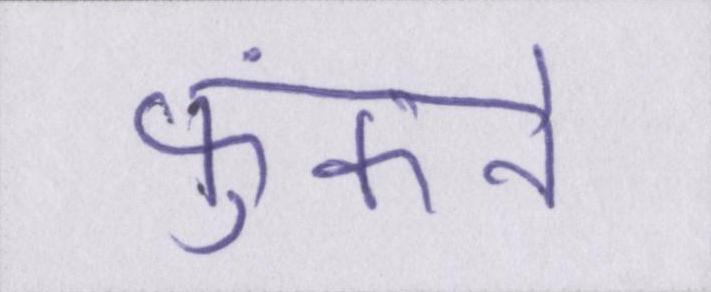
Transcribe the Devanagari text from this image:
फुंकने